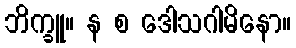
ဘိက္ခူ။ န စ ဒေါသဂါမိနော။